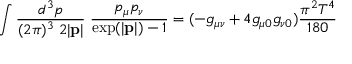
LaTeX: \int \frac { d ^ { 3 } p } { ( 2 \pi ) ^ { 3 } \; 2 | { \bf p } | } \; \frac { p _ { \mu } p _ { \nu } } { \mathrm { e x p } ( | { \bf p } | ) - 1 } = ( - g _ { \mu \nu } + 4 g _ { \mu 0 } g _ { \nu 0 } ) \frac { \pi ^ { 2 } T ^ { 4 } } { 1 8 0 }